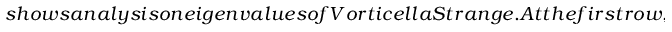
s h o w s a n a l y s i s o n e i g e n v a l u e s o f V o r t i c e l l a S t r a n g e . A t t h e f i r s t r o w , w e s e e t h a t b o t h e i g e n v a l u e s h a v e z e r o i m a g i n a r y p a r t s , w i t h a b s o l u t e r e a l p a r t s o f b o t h g r e a t e r t h a n 1 ( s e e a l s o f i r s t c o l u m n i n F i g u r e